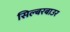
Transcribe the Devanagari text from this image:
सिल्बरबाउर